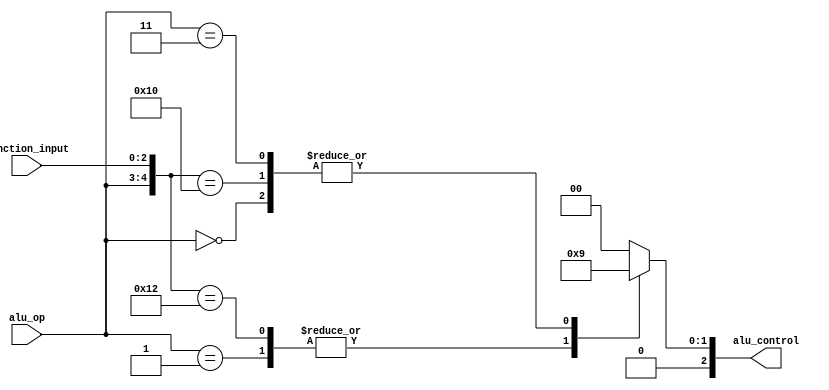
`timescale 1ns / 1ps
 
module ALUControl(function_input, alu_op, alu_control);  
    input [2:0] function_input;
    input [1:0] alu_op;  
    output reg[2:0] alu_control;
    wire [4:0] alu_control_in;  
    assign alu_control_in = {alu_op, function_input};  
    always @(alu_control_in)  
    casex (alu_control_in)  
        5'b00xxx: alu_control = 3'b001;  
        5'b01xxx: alu_control = 3'b010;  
        5'b10000: alu_control = 3'b001;  
        5'b10010: alu_control = 3'b010;
        5'b11xxx: alu_control = 3'b001;  
    default: alu_control = 3'b000;  
  endcase
endmodule